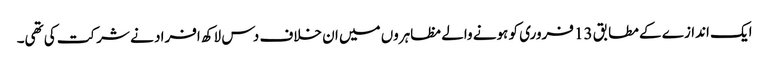
ایک اندازے کے مطابق 13 فروری کو ہونے والے مظاہروں میں ان خلاف دس لاکھ افراد نے شرکت کی تھی۔